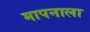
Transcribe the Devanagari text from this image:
मापनाला